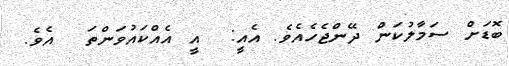
ބޮޑަށް ސަމާލުކަން ދޭންޖެހެއެވެ. އެއީ:  އީ އެއްކައުވަންތަ  އެވެ.